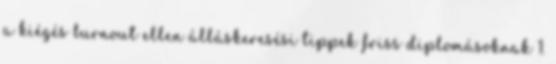
a kiégés burnout ellen álláskeresési tippek friss diplomásoknak 1.